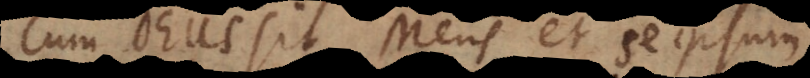
Cum Deus sit Mens et se ipsum